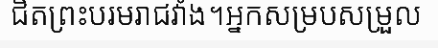
ជិតព្រះបរមរាជវាំង។អ្នកសម្របសម្រួល